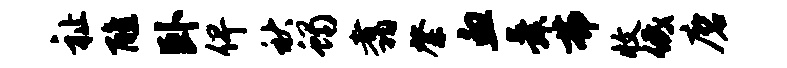
祉醮卧俾秋蝎翥綮血舜弗收低磨